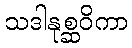
သဒါနုစ္ဆဝိကာ